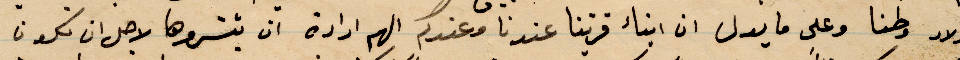
أولاد وطنا ولى ما يدل ان أبناء قريتنا عندنا وعندكم الهم إرادة ان ينشروها لاجل ان يكون